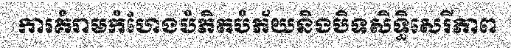
ការគំរាមកំហែងបំភិតបំភ័យនិងបិទសិទ្ធិសេរីភាព